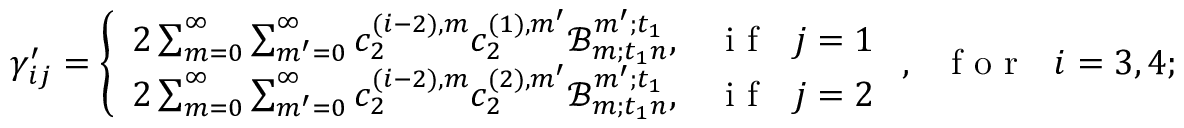
\gamma _ { i j } ^ { \prime } = \left\{ \begin{array} { l l } { 2 \sum _ { m = 0 } ^ { \infty } \sum _ { m ^ { \prime } = 0 } ^ { \infty } c _ { 2 } ^ { ( i - 2 ) , m } c _ { 2 } ^ { ( 1 ) , m ^ { \prime } } \mathscr { B } _ { m ; t _ { 1 } n } ^ { m ^ { \prime } ; t _ { 1 } } , } & { \mathrm { ~ i ~ f ~ ~ ~ } j = 1 } \\ { 2 \sum _ { m = 0 } ^ { \infty } \sum _ { m ^ { \prime } = 0 } ^ { \infty } c _ { 2 } ^ { ( i - 2 ) , m } c _ { 2 } ^ { ( 2 ) , m ^ { \prime } } \mathscr { B } _ { m ; t _ { 1 } n } ^ { m ^ { \prime } ; t _ { 1 } } , } & { \mathrm { ~ i ~ f ~ ~ ~ } j = 2 } \end{array} \right. , \mathrm { ~ ~ ~ f ~ o ~ r ~ ~ ~ } i = 3 , 4 ;